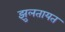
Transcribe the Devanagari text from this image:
झुलतायत